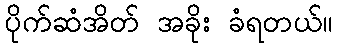
ပိုက်ဆံအိတ် အခိုး ခံရတယ်။